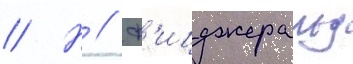
// Н // Ф'ицджеральд